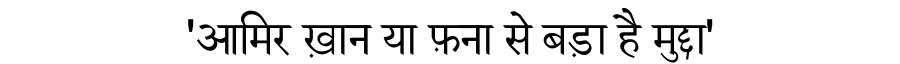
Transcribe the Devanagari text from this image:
'आमिर ख़ान या फ़ना से बड़ा है मुद्दा'